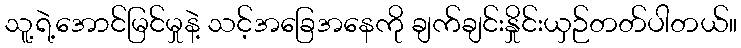
သူ့ရဲ့အောင်မြင်မှုနဲ့ သင့်အခြေအနေကို ချက်ချင်းနှိုင်းယှဉ်တတ်ပါတယ်။